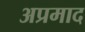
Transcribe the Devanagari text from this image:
अप्रमाद